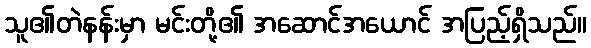
သူ၏တဲနန်းမှာ မင်းတို့၏ အဆောင်အယောင် အပြည့်ရှိသည်။